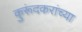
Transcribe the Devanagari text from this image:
कुरूंदकरांच्या